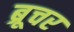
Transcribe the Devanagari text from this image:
ब्रूचर